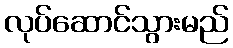
လုပ်ဆောင်သွားမည်